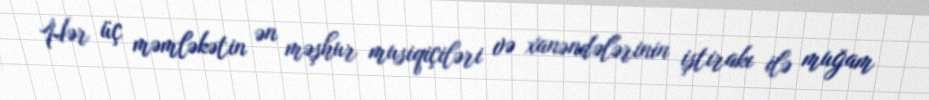
Hər üç məmləkətin ən məşhur musiqiçiləri və xanəndələrinin iştirakı ilə muğam